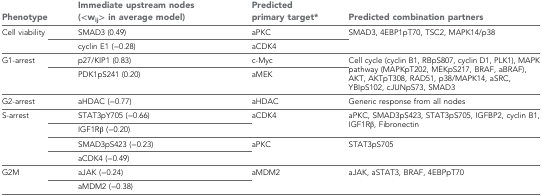
<table><thead><tr><td><b>Phenotype</b></td><td><b>Immediate upstream nodes (&lt;w<sub>ij</sub>&gt; in average model)</b></td><td><b>Predicted primary target<sup>*</sup></b></td><td><b>Predicted combination partners</b></td></tr></thead><tbody><tr><td rowspan="2">Cell viability</td><td>SMAD3 (0.49)</td><td>aPKC</td><td rowspan="2">SMAD3, 4EBP1pT70, TSC2, MAPK14/p38</td></tr><tr><td>cyclin E1 (−0.28)</td><td>aCDK4</td></tr><tr><td rowspan="2">G1-arrest</td><td>p27/KIP1 (0.83)</td><td>c-Myc</td><td rowspan="2">Cell cycle (cyclin B1, RBpS807, cyclin D1, PLK1), MAPK pathway (MAPKpT202, MEKpS217, BRAF, aBRAF), AKT, AKTpT308, RAD51, p38/MAPK14, aSRC, YBIpS102, cJUNpS73, SMAD3</td></tr><tr><td>PDK1pS241 (0.20)</td><td>aMEK</td></tr><tr><td>G2-arrest</td><td>aHDAC (−0.77)</td><td>aHDAC</td><td>Generic response from all nodes</td></tr><tr><td rowspan="4">S-arrest</td><td>STAT3pY705 (−0.66)</td><td rowspan="2">aCDK4</td><td rowspan="2">aPKC, SMAD3pS423, STAT3pS705, IGFBP2, cyclin B1, IGF1Rβ, Fibronectin</td></tr><tr><td>IGF1Rβ (−0.20)</td></tr><tr><td>SMAD3pS423 (−0.23)</td><td rowspan="2">aPKC</td><td rowspan="2">STAT3pS705</td></tr><tr><td>aCDK4 (−0.49)</td></tr><tr><td rowspan="2">G2M</td><td>aJAK (−0.24)</td><td rowspan="2">aMDM2</td><td rowspan="2">aJAK, aSTAT3, BRAF, 4EBPpT70</td></tr><tr><td>aMDM2 (−0.38)</td></tr></tbody></table>